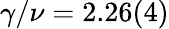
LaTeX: \gamma/\nu=2.26(4)